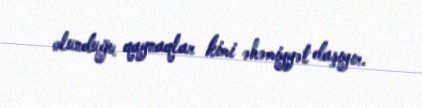
olunduğu qaynaqlar kimi əhəmiyyət daşıyır.